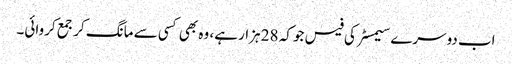
اب دوسرے سیمسٹر کی فیس جو کہ 28 ہزار ہے، وہ بھی کسی سے مانگ کر جمع کروائی۔